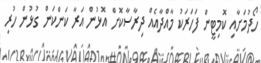
ހޯދުމަށާއި ކޮމިޓީން ފަހަރަކު މާއްދާއެއް ދިރާސާކޮށް އޮޅުން އަރާ ކަންކަން ގުޅުން ހުރި